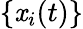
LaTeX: \{ \mathit{x}_{i}(t)\}